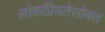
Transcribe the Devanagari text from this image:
लोकप्रियतेसोबत